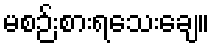
မစဉ်းစားရသေးချေ။